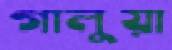
গালুয়া